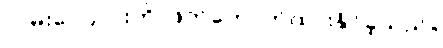
လမ်းကြောင်းကို ဖြတ်တောက်ထားနိုင်ခဲ့သည်။